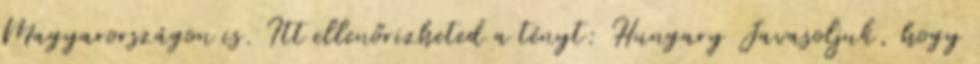
Magyarországon is. Itt ellenőrizheted a tényt: Hungary Javasoljuk, hogy